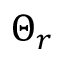
\Theta _ { r }